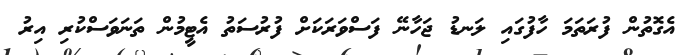
އެގޮތުން ފުރަތަމަ ހާފުގައި ލަނޑު ޖަހާނޭ ފަސްވަރަކަށް ފުރުސަތު އެޓީމުން ތަނަވަސްކުރި އިރު